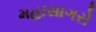
મહાસાગરો